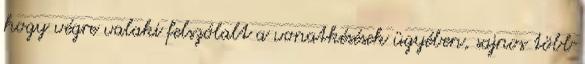
hogy végre valaki felszólalt a vonatkésések ügyében, sajnos több